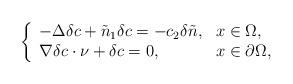
LaTeX: \begin{align*}\left\{\begin{array}{ll}-\Delta \delta c+\tilde{n}_{1}\delta c =-c_{2}\delta\tilde{n}, &x\in\Omega,\\\nabla \delta c\cdot \nu+\delta c=0, &x\in\partial\Omega,\end{array}\right.\end{align*}